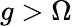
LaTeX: g>\Omega